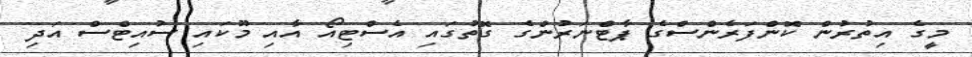
މީގެ އިތުރުން ކޮންފަރެންސްގެ ޕާޓްނަރުންގެ ގޮތުގައި އެސްޓިއޯ އާއި މޫކައި ސުއިޓްސް އަދި